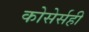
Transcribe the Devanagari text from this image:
कोसेर्सही